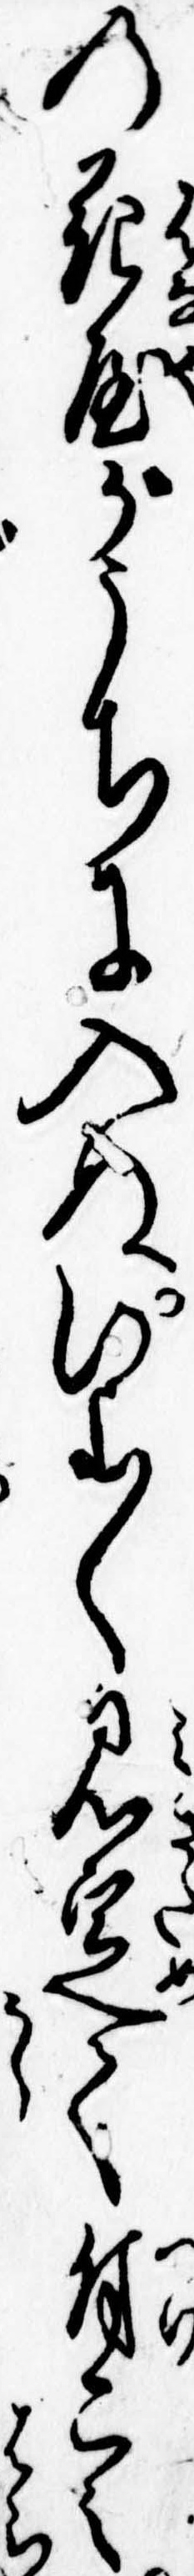
の花屋がうちに入ぬいよ〱見定て付こみ